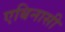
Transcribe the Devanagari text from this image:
एबिनासी